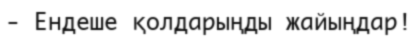
-	Ендеше қолдарыңды жайыңдар!